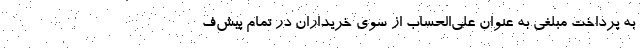
به پرداخت مبلغی به عنوان علي‌الحساب از سوي خريداران در تمام پیش‌ف